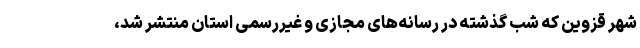
شهر قزوین که شب گذشته در رسانه‌های مجازی و غیررسمی استان منتشر شد،